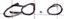
Text: E0.0